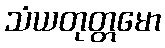
သံယတုတ္တမော